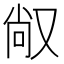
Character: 𱑸